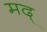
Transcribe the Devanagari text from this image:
मद्